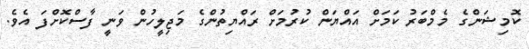
ކޮމިޝަންގެ މެމްބަރު ކަމަށް އައްޔަން ކުރުމަށް ރައްޔިތުންގެ މަޖިލީހުން ވަނީ ފާސްކޮށްފަ އެވެ.